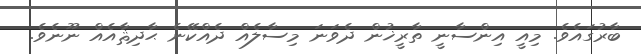
ބާރުގައެވެ. މިއީ އިންސާނީ ތާރީޚުން ދެވަނަ މިސާލެއް ދެއްކޭނެ ޙާދިޘާއެއް ނޫނެވެ.